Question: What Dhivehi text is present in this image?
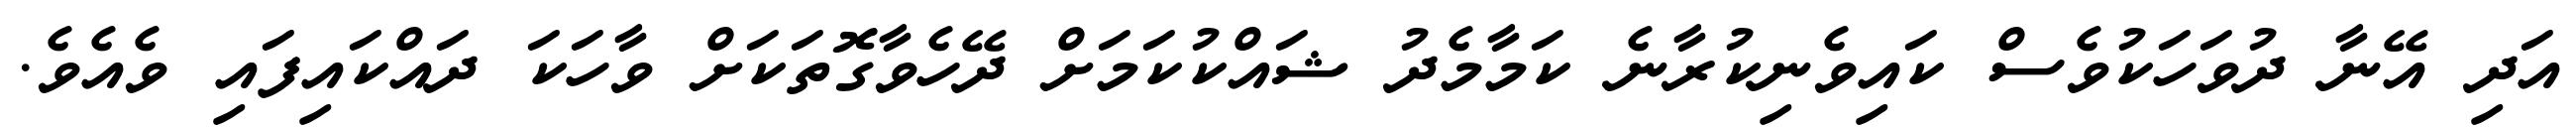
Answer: އަދި އޭނާ ދުވަހަކުވެސް ކައިވެނިކުރާނެ ކަމާމެދު ޝައްކުކަމަށް ދޭހެވާގޮތަކަށް ވާހަކަ ދައްކައިފައި ވެއެވެ.